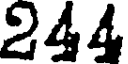
244